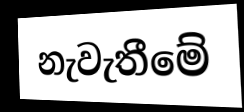
නැවැතීමේ